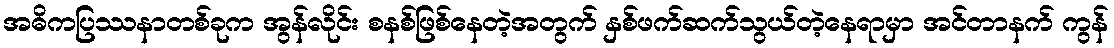
အဓိကပြဿနာတစ်ခုက အွန်လိုင်း စနစ်ဖြစ်နေတဲ့အတွက် နှစ်ဖက်ဆက်သွယ်တဲ့နေရာမှာ အင်တာနက် ကွန်